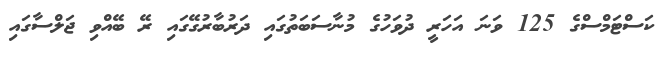
ކަސްޓަމްސްގެ 125 ވަނަ އަހަރީ ދުވަހުގެ މުނާސަބަތުގައި ދަރުބާރުގޭގައި ރޭ ބޭއްވި ޖަލްސާގައި